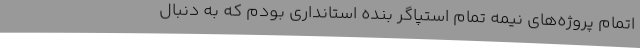
اتمام پروژه‌های نیمه تمام استپاگر بنده استانداری بودم که به دنبال